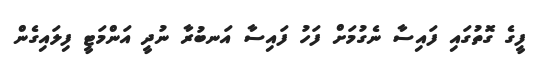
ފީގެ ގޮތުގައި ފައިސާ ނެގުމަށް ފަހު ފައިސާ އަނބުރާ ނުދީ އަންމަޓީ ފިލައިގެން